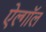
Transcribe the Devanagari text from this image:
ऐल्गॉल